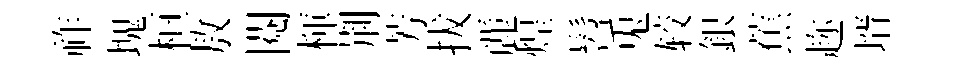
祚塊桓敖閱楎荆芳拔䴡煌髫兎较銀蕉趂壻